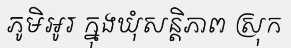
ភូមិអូរ ក្នុងឃុំសន្តិភាព ស្រុក